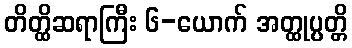
တိတ္ထိဆရာကြီး ၆-ယောက် အတ္ထုပ္ပတ္တိ